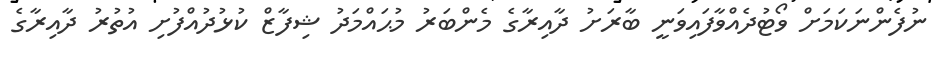
ނުފެންނަކަމަށް ވޯޓުދެއްވާފައިވަނީ ބާރަށު ދާއިރާގެ މެންބަރު މުޙައްމަދު ޝިފާޒް ކުޅުދުއްފުށި އުތުރު ދާއިރާގެ